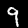
Label: 9